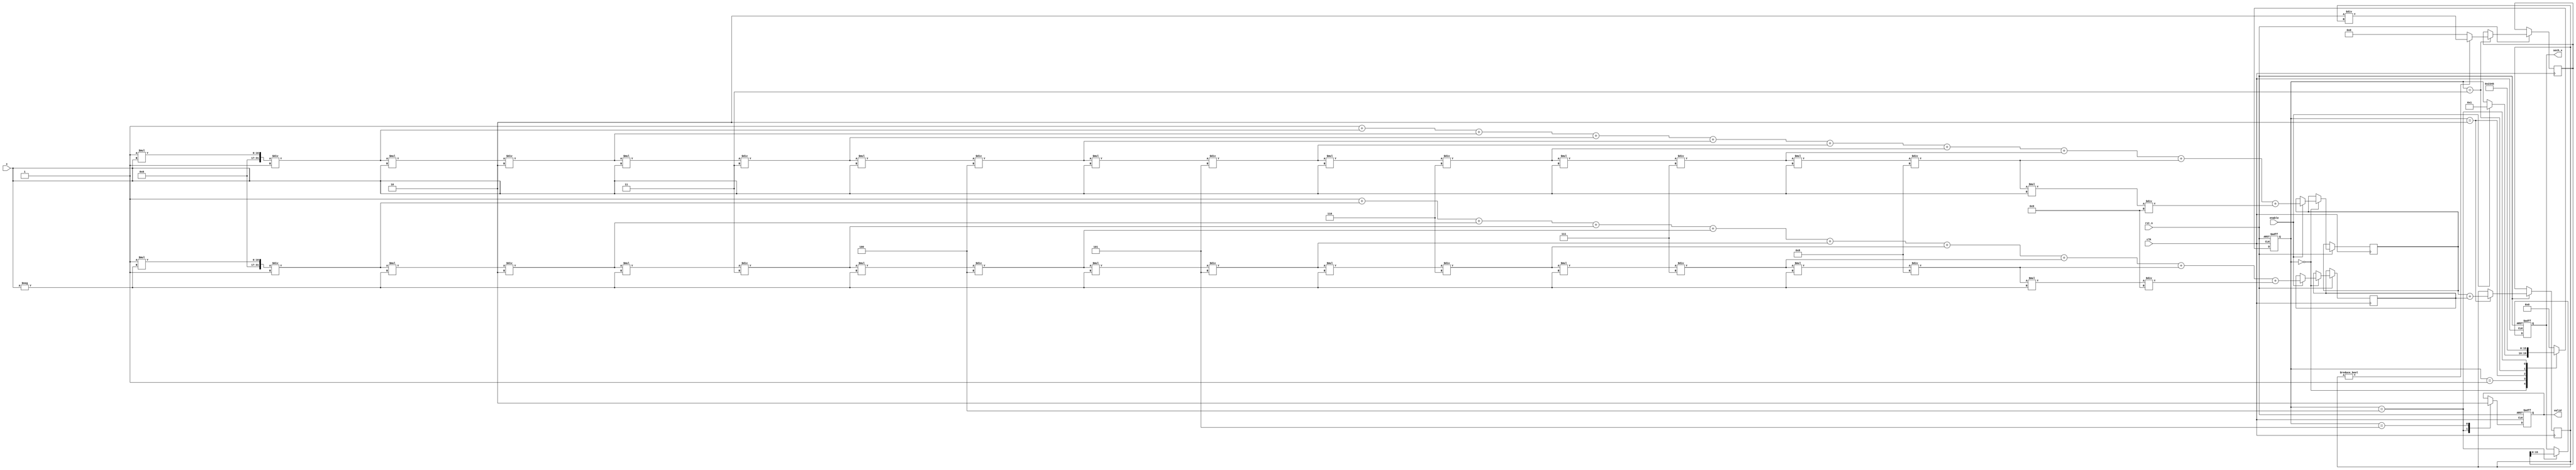
module hyperbolic_secant (
    input wire clk,
    input wire rst_n,            // Active low reset
    input wire enable,           // Enable signal
    input wire [15:0] x,         // Fixed-point input (16-bit)
    output reg [15:0] sech_x,    // Fixed-point output (16-bit)
    output reg valid             // Output valid signal
);

    reg [31:0] exp_x;           // 32-bit for e^x calculation
    reg [31:0] exp_neg_x;       // 32-bit for e^(-x) calculation
    reg [31:0] sum;             // Sum of e^x and e^(-x)
    reg [31:0] reciprocal;       // Reciprocal of the sum
    reg [3:0] state;            // State variable for FSM

    localparam STATE_IDLE = 4'b0000,
               STATE_EXP_X = 4'b0001,
               STATE_EXP_NEG_X = 4'b0010,
               STATE_ADD = 4'b0011,
               STATE_DIVIDE = 4'b0100,
               STATE_OUTPUT = 4'b0101;

    // Simple iterative method to compute e^x
    function [31:0] exp;
        input [15:0] x;
        integer i;
        reg [31:0] result;
        reg [31:0] term;
        begin
            result = 32'h00000001; // e^0 = 1
            term = 32'h00000001;   // First term (x^0 / 0!)
            for (i = 1; i < 10; i = i + 1) begin // 10 terms for approximation
                term = (term * x) / i; // x^i / i! (fixed-point needs scaling)
                result = result + term;
            end
            exp = result;
        end
    endfunction

    // FSM to control the computation
    always @(posedge clk or negedge rst_n) begin
        if (!rst_n) begin
            state <= STATE_IDLE;
            sech_x <= 16'h0000;
            valid <= 0;
        end else begin
            case (state)
                STATE_IDLE: begin
                    if (enable) begin
                        exp_x <= exp(x); // Calculate e^x
                        exp_neg_x <= exp(-x); // Calculate e^(-x)
                        state <= STATE_EXP_X;
                    end
                end
                STATE_EXP_X: begin
                    state <= STATE_EXP_NEG_X;
                end
                STATE_EXP_NEG_X: begin
                    sum <= exp_x + exp_neg_x; // e^x + e^(-x)
                    state <= STATE_ADD;
                end
                STATE_ADD: begin
                    if (sum != 0) begin
                        reciprocal <= (32'h00000002 * 32'h00000001) / sum; // 2 / (e^x + e^(-x))
                    end else begin
                        reciprocal <= 32'h00000000; // Handle division by zero
                    end
                    state <= STATE_DIVIDE;
                end
                STATE_DIVIDE: begin
                    sech_x <= reciprocal[15:0]; // Scale down to 16-bit output
                    valid <= 1; // Output is valid
                    state <= STATE_OUTPUT;
                end
                STATE_OUTPUT: begin
                    valid <= 0; // Reset valid signal
                    state <= STATE_IDLE; // Return to idle state
                end
                default: state <= STATE_IDLE;
            endcase
        end
    end

endmodule